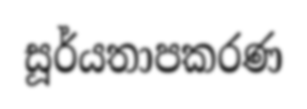
සූර්යතාපකරණ